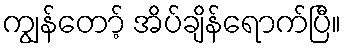
ကျွန်တော့် အိပ်ချိန်ရောက်ပြီ။